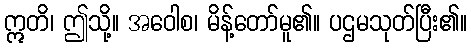
ဣတိ၊ ဤသို့။ အဝေါစ၊ မိန့်တော်မူ၏။ ပဌမသုတ်ပြီး၏။